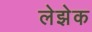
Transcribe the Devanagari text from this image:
लेझेक